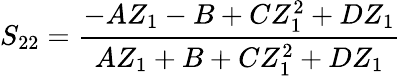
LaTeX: S_{22}=\frac{-AZ_{1}-B+CZ_{1}^{2}+DZ_{1}}{AZ_{1}+B+CZ_{1}^{2}+DZ_{1}}